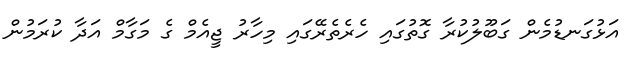
އަޅުގަނޑުމެން ގަބޫލުކުރާ ގޮތުގައި ހެރެތެރޭގައި މިހާރު ޖީއެމް ގެ މަގާމް އަދާ ކުރަމުން